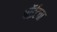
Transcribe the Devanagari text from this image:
पॉईंटचा